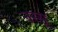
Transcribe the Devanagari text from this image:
नस्सू